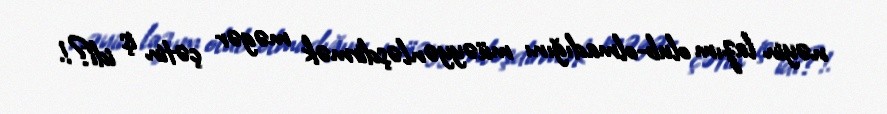
nəyin lazım olub-olmadığını müəyyənləşdirmək məgər çətin iş idi?!.